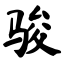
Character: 骏